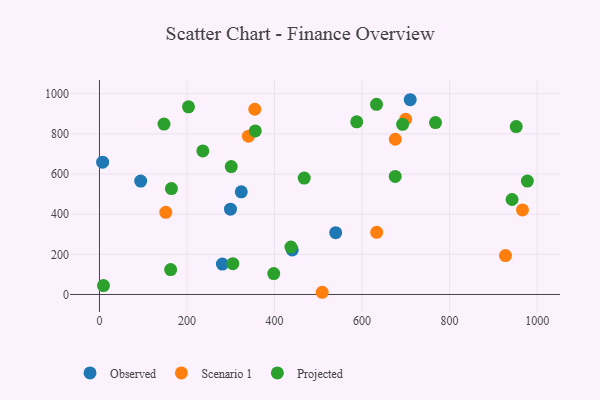
{"axis": {"x": "Investment", "y": "Demand"}, "legend": ["Observed", "Projected", "Scenario 1"], "data": [{"x": "440.5", "y": 221.7, "type": "Observed"}, {"x": "710.0", "y": 969.9, "type": "Observed"}, {"x": "7.2", "y": 658.8, "type": "Observed"}, {"x": "299.3", "y": 424.7, "type": "Observed"}, {"x": "94.2", "y": 564.6, "type": "Observed"}, {"x": "324.0", "y": 511.3, "type": "Observed"}, {"x": "539.7", "y": 307.7, "type": "Observed"}, {"x": "280.8", "y": 151.6, "type": "Observed"}, {"x": "151.5", "y": 409.2, "type": "Scenario 1"}, {"x": "966.5", "y": 421.3, "type": "Scenario 1"}, {"x": "508.9", "y": 11.0, "type": "Scenario 1"}, {"x": "699.6", "y": 872.6, "type": "Scenario 1"}, {"x": "340.4", "y": 788.5, "type": "Scenario 1"}, {"x": "354.9", "y": 922.4, "type": "Scenario 1"}, {"x": "927.7", "y": 193.9, "type": "Scenario 1"}, {"x": "675.9", "y": 773.1, "type": "Scenario 1"}, {"x": "633.4", "y": 309.4, "type": "Scenario 1"}, {"x": "398.2", "y": 104.1, "type": "Projected"}, {"x": "977.7", "y": 564.7, "type": "Projected"}, {"x": "467.8", "y": 579.9, "type": "Projected"}, {"x": "236.2", "y": 714.7, "type": "Projected"}, {"x": "304.8", "y": 153.2, "type": "Projected"}, {"x": "356.0", "y": 814.4, "type": "Projected"}, {"x": "942.7", "y": 473.0, "type": "Projected"}, {"x": "952.2", "y": 836.1, "type": "Projected"}, {"x": "587.8", "y": 859.8, "type": "Projected"}, {"x": "437.4", "y": 235.9, "type": "Projected"}, {"x": "9.1", "y": 44.2, "type": "Projected"}, {"x": "767.8", "y": 856.2, "type": "Projected"}, {"x": "164.4", "y": 527.4, "type": "Projected"}, {"x": "633.0", "y": 947.0, "type": "Projected"}, {"x": "147.4", "y": 848.6, "type": "Projected"}, {"x": "675.7", "y": 587.8, "type": "Projected"}, {"x": "301.1", "y": 637.0, "type": "Projected"}, {"x": "162.6", "y": 123.8, "type": "Projected"}, {"x": "692.6", "y": 847.6, "type": "Projected"}, {"x": "203.4", "y": 934.3, "type": "Projected"}]}